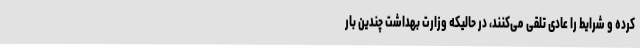
کرده و شرایط را عادی تلقی می‌کنند، در حالیکه وزارت بهداشت چندین بار